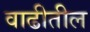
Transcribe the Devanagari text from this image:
वाढीतील